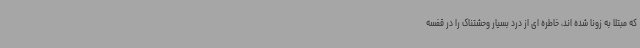
که مبتلا به زونا شده اند، خاطره ای از درد بسیار وحشتناک را در قفسه